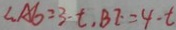
\therefore A G = 3 - t , B E = 4 - t